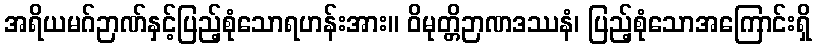
အရိယမဂ်ဉာဏ်နှင့်ပြည့်စုံသောရဟန်းအား။ ဝိမုတ္တိဉာဏဒဿနံ၊ ပြည့်စုံသောအကြောင်းရှိ